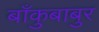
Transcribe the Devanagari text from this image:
बाँकुबाबुर